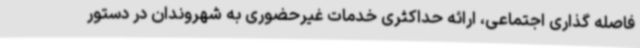
فاصله گذاری اجتماعی، ارائه حداکثری خدمات غیرحضوری به شهروندان در دستور